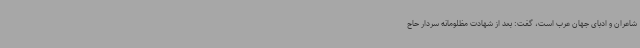
شاعران و ادبای جهان عرب است، گفت: بعد از شهادت مظلومانه سردار حاج